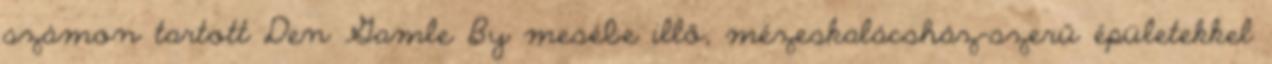
számon tartott Den Gamle By mesébe illő, mézeskalácsház-szerű épületekkel